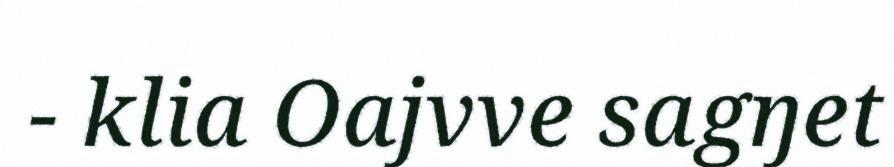
- klia Oajvve sagŋet